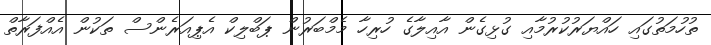
ތުހުމަތުގައި ހައްޔަރުކުރުމާއި ގުޅިގެން އާއިލާގެ ހުރިހާ މެމްބަރުން ޕަބްލިކް އެޕިއަރެންސް ތަކުން އެއްފަރާތް